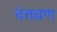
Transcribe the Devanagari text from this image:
दंतव्रण